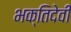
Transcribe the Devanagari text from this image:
भक्तिदेवी